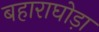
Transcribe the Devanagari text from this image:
बहाराघोड़ा